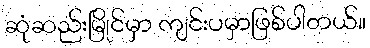
ဆုံဆည်းမြိုင်မှာ ကျင်းပမှာဖြစ်ပါတယ်။